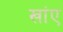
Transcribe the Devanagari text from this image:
खांए